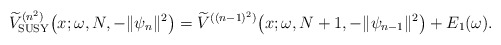
\begin{align*} \widetilde{V}_{\rm SUSY}^{(n^{2})}\big(x;\omega ,N,- \Vert \psi _{n} \Vert ^{2}\big)=\widetilde{V}^{ ( (n-1) ^{2} ) }\big(x;\omega ,N+1,- \Vert \psi _{n-1} \Vert ^{2}\big)+E_{1} ( \omega ) . \end{align*}